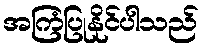
အကြံပြုနိုင်ပါသည်